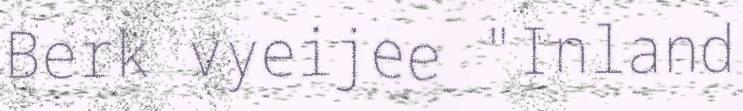
Berk vyeijee "Inland